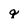
Character: q